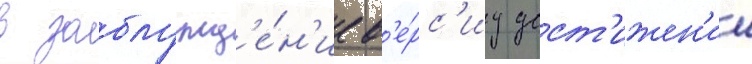
в заблужд'е́н'ие в'е́рс'иу дост'ижен'ии